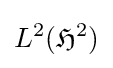
L^{2}({\mathfrak {H}}^{2})